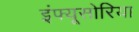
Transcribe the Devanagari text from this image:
इंफ्यूसोरिया